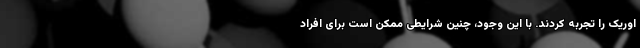
اوریک را تجربه کردند. با این وجود، چنین شرایطی ممکن است برای افراد